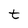
Character: t